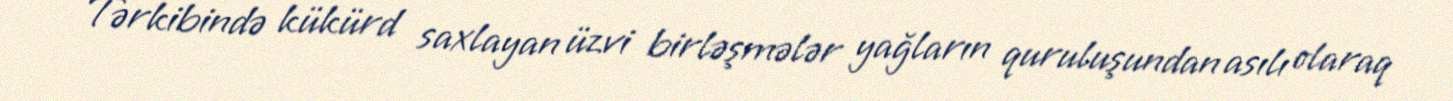
Tərkibində kükürd saxlayan üzvi birləşmələr yağların quruluşundan asılı olaraq